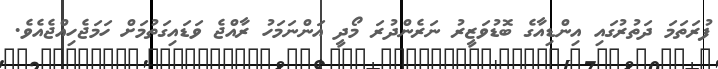
ފުރަތަމަ ދަތުރުގައި އިންޑިއާގެ ބޮޑުވަޒީރު ނަރެންދުރަ މޯދީ އަންނަމަހު ރާއްޖެ ވަޑައިގަތުމަށް ހަމަޖެހިއްޖެއެވެ.